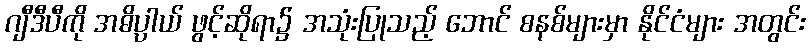
ဂျီဒီပီကို အဓိပ္ပါယ် ဖွင့်ဆိုရာ၌ အသုံးပြုသည့် ဘောင် စနစ်များမှာ နိုင်ငံများ အတွင်း